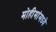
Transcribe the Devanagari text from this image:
मोहीमांमध्ये